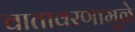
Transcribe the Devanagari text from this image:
वातावरणामूळे